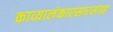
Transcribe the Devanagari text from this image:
काव्यालंकारसारसंग्रह